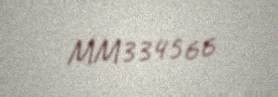
MM334566